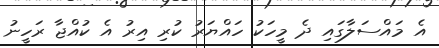
އެ މައްސަލާގައި ދެ މީހަކު ހައްޔަރު ކުރި އިރު އެ ކުއްޖާ ރަހީނު